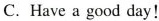
C. Have a good day!